Scientific memoirs by medical officers of the Army of India - Part VIII,
Year: 1894
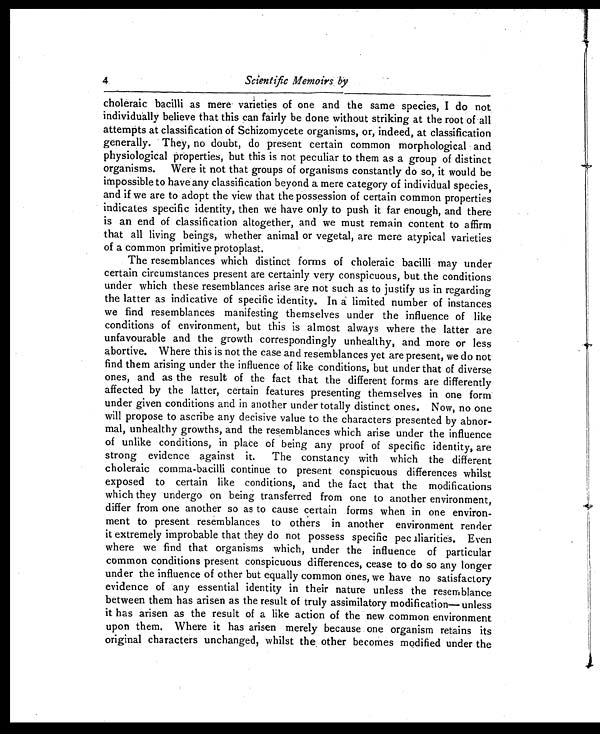
4
Scientific Memoirs by
choleraic bacilli as mere varieties of one and the same species, I do not
individually believe that this can fairly be done without striking at the root of all
attempts at classification of Schizomycete organisms, or, indeed, at classification
generally. They, no doubt, do present certain common morphological and
physiological properties, but this is not peculiar to them as a group of distinct
organisms. Were it not that groups of organisms constantly do so, it would be
impossible to have any classification beyond a mere category of individual species,
and if we are to adopt the view that the possession of certain common properties
indicates specific identity, then we have only to push it far enough, and there
is an end of classification altogether, and we must remain content to affirm
that all living beings, whether animal or vegetal, are mere atypical varieties
of a common primitive protoplast.
The resemblances which distinct forms of choleraic bacilli may under
certain circumstances present are certainly very conspicuous, but the conditions
under which these resemblances arise are not such as to justify us in regarding
the latter as indicative of specific identity. In a limited number of instances
we find resemblances manifesting themselves under the influence of like
conditions of environment, but this is almost always where the latter are
unfavourable and the growth correspondingly unhealthy, and more or less
abortive. Where this is not the case and resemblances yet are present, we do not
find them arising under the influence of like conditions, but under that of diverse
ones, and as the result of the fact that the different forms are differently
affected by the latter, certain features presenting themselves in one form
under given conditions and in another under totally distinct ones. Now, no one
will propose to ascribe any decisive value to the characters presented by abnor-
mal, unhealthy growths, and the resemblances which arise under the influence
of unlike conditions, in place of being any proof of specific identity, are
strong evidence against it. The constancy with which the different
choleraic comma-bacilli continue to present conspicuous differences whilst
exposed to certain like conditions, and the fact that the modifications
which they undergo on being transferred from one to another environment,
differ from one another so as to cause certain forms when in one environ-
ment to present resemblances to others in another environment render
it extremely improbable that they do not possess specific peculiarities. Even
where we find that organisms which, under the influence of particular
common conditions present conspicuous differences, cease to do so any longer
under the influence of other but equally common ones, we have no satisfactory
evidence of any essential identity in their nature unless the resemblance
between them has arisen as the result of truly assimilatory modification— unless
it has arisen as the result of a like action of the new common environment
upon them. Where it has arisen merely because one organism retains its
original characters unchanged, whilst the other becomes modified under thes